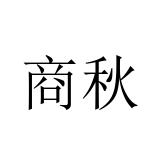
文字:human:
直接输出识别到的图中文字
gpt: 商秋